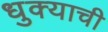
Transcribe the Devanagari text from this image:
धुक्याची